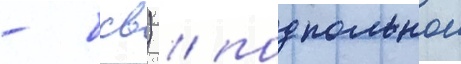
- бсв) / подпольнои